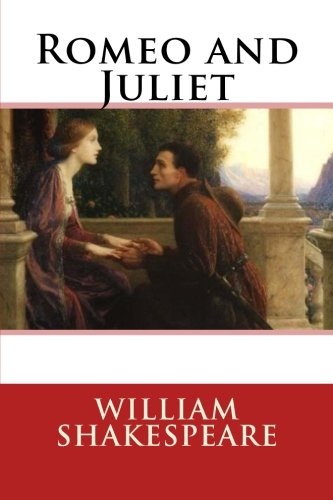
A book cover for Romeo and Juliet; William Shakespeare; Romance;